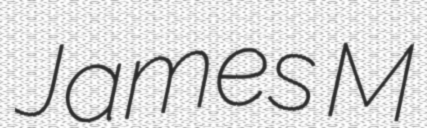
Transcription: James M